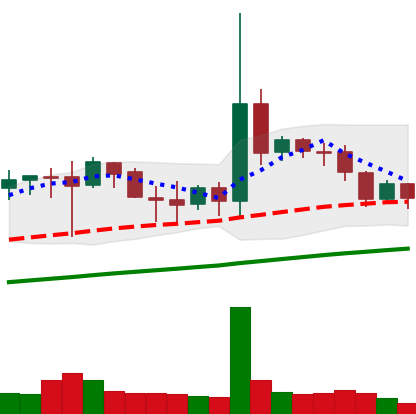
Ticker: DOGE-USD
Chart end date: 2019-07-13
Forward return: -3.94%
Label: down_3_5